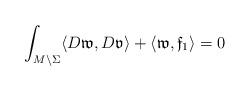
LaTeX: \begin{align*}\int_{M\setminus\Sigma}\langle D\mathfrak{w},D\mathfrak{v}\rangle+\langle \mathfrak{w},\mathfrak{f}_1\rangle=0\end{align*}